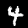
Digit: 4